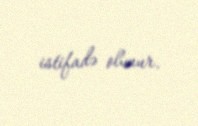
istifadə olunur.